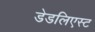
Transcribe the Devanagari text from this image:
डेडलिएस्ट